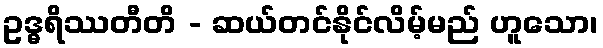
ဥဒ္ဓရိဿတီတိ - ဆယ်တင်နိုင်လိမ့်မည် ဟူသော၊